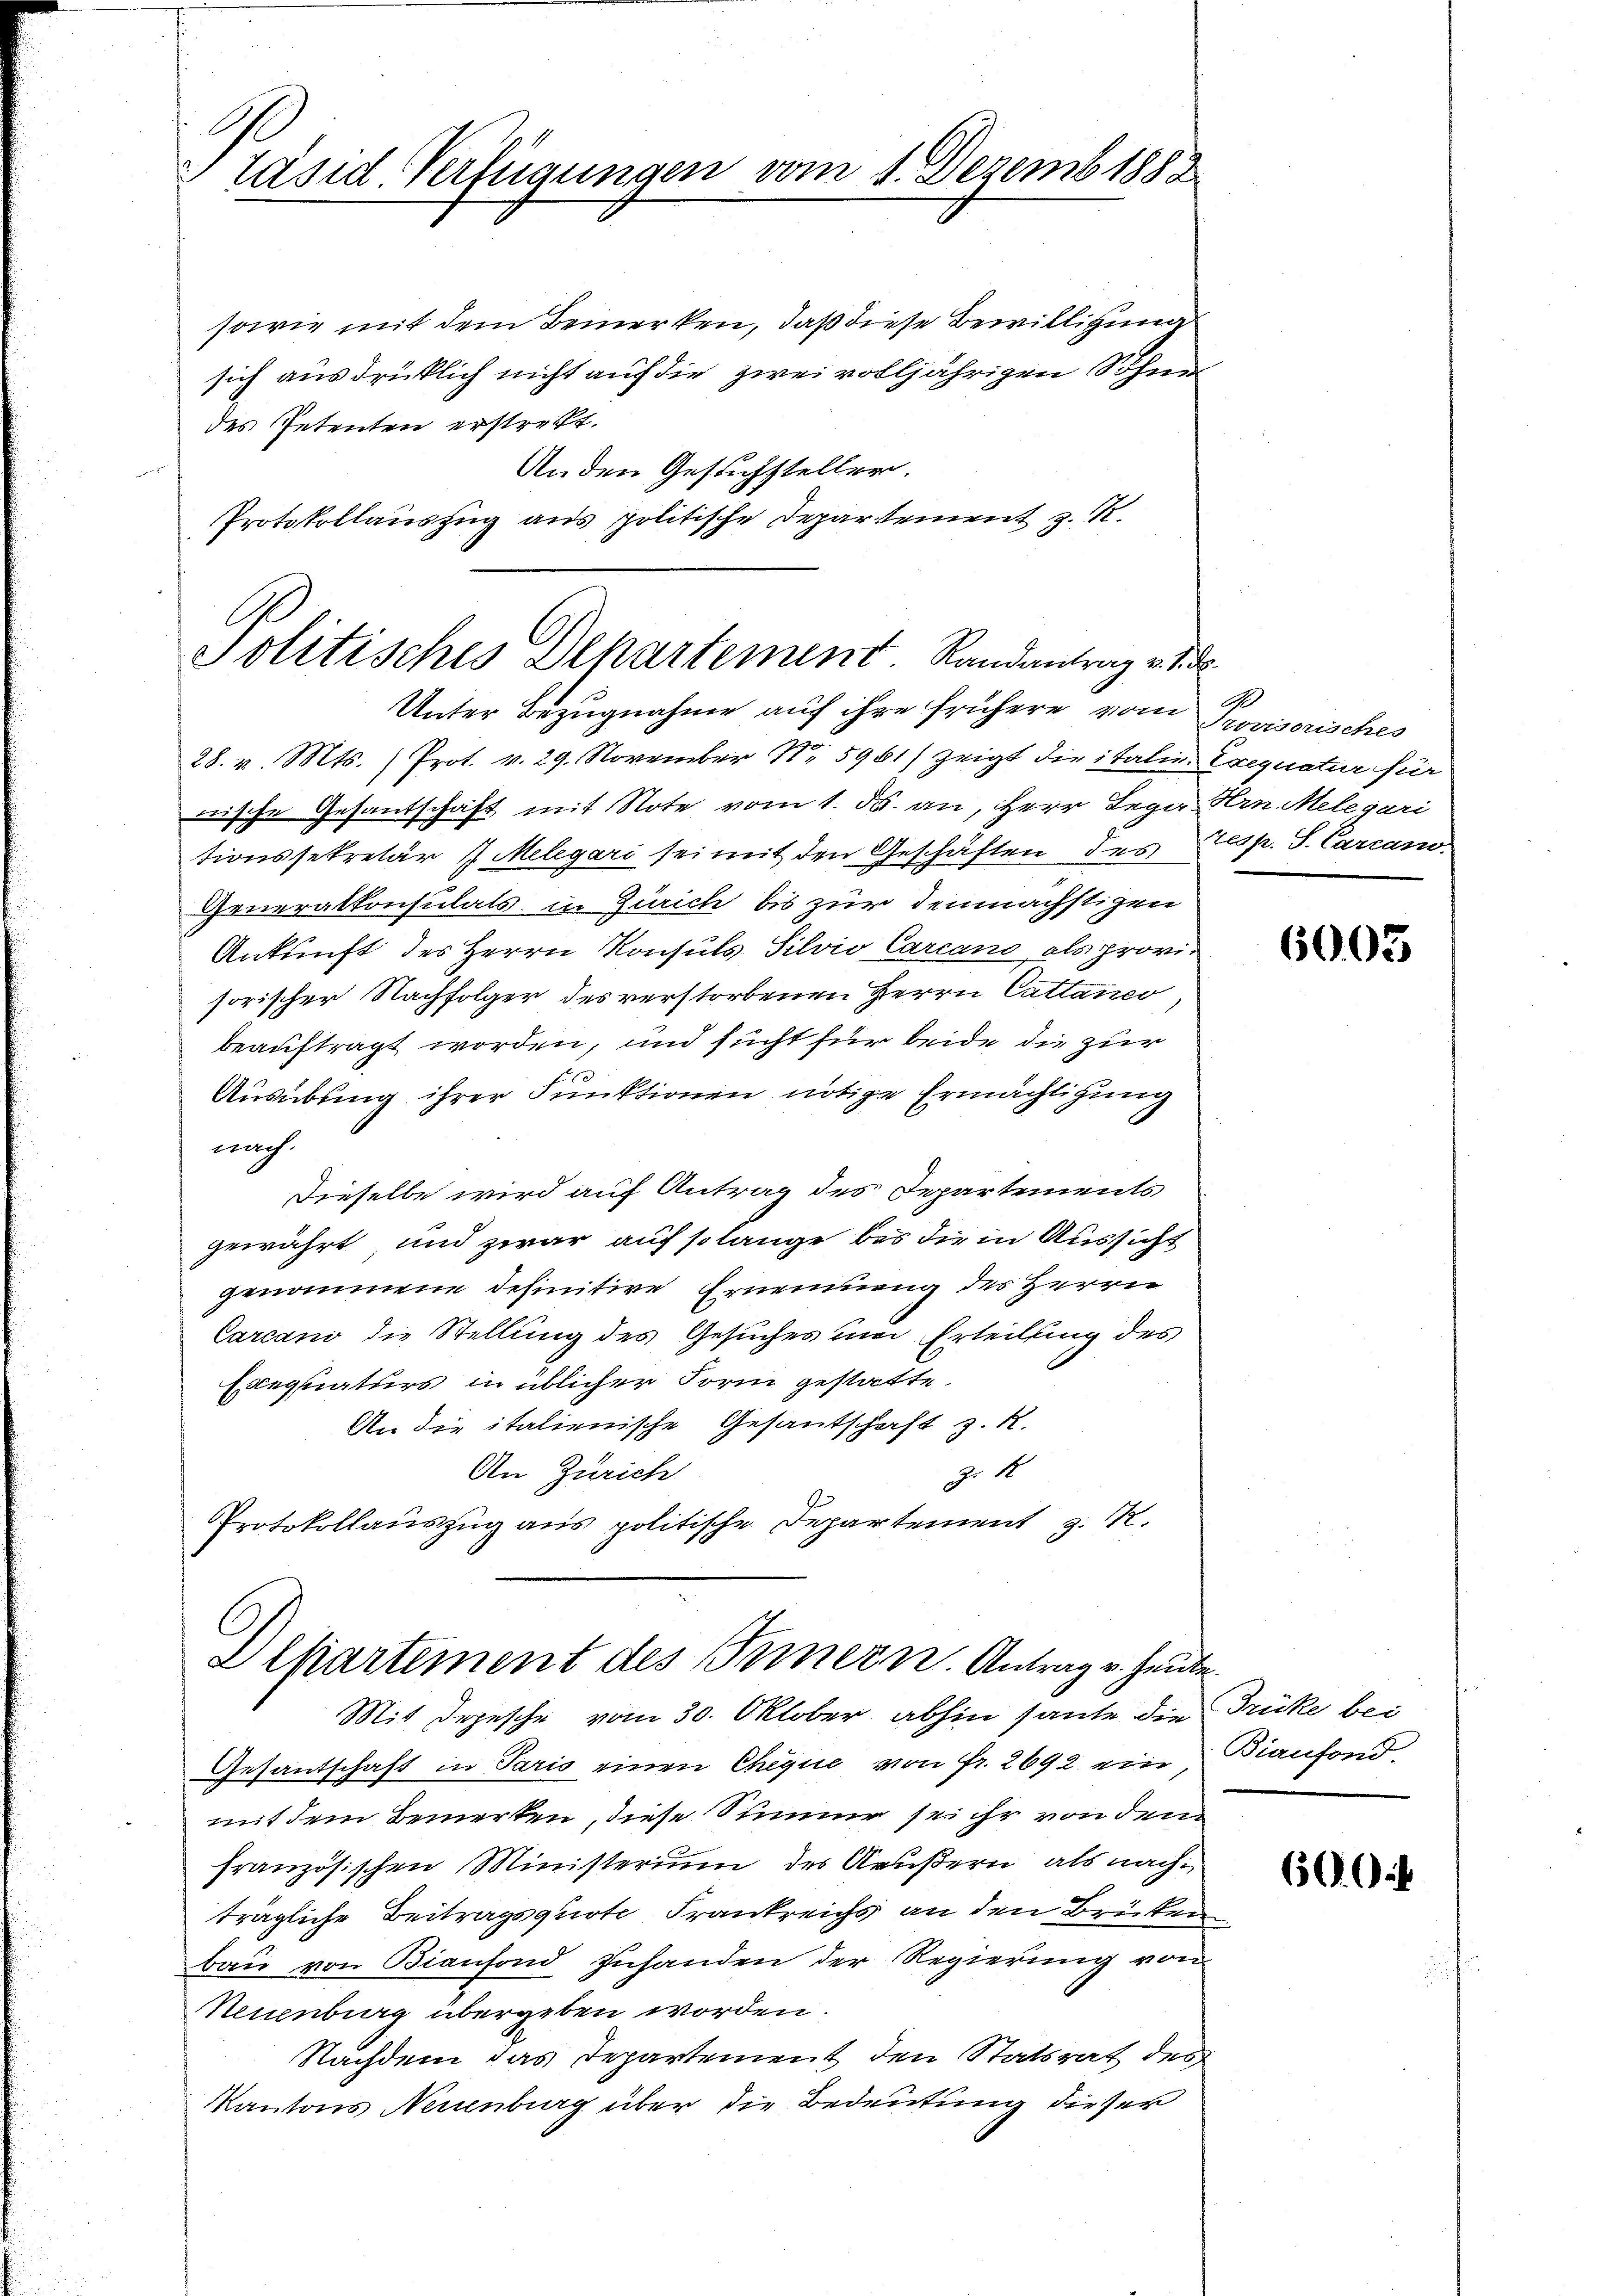
räsid Verfügungen vom 1. Dezemb. 1888

sowie mit dem Bemerken, daß diese Bewilligung
sich ausdrücklich nicht auf die zwei volljährigen Sohnes
des Petenten erstrebt.
Anden Gesuchsteller.
Protokollauszug aus politische Departement z. R.

Politisches Departement. Randantrag v. d. d.

Unter Bezugnahme auf ihre frühere vom Provisorisches
28. v. Mts. (Prot. v. 29. November N. 5961) zeigt die italie Exequatur für
nische Gesantschaft mit Note vom 1. ds. an, HHerr Lega Hrn. Melegari
tionssekretär J. Melegari sei mit den Geschäften des resp. S. Carcan-
Generalkonsulats in Zürich bis zur demnächstigen
Ankunft des Herrn Konsuls Silvio Carcano als provisorischer Nachfolger des verstorbenen Herrn Cattanco,
beauftragt worden, und sucht für beide die zur
10
Ausübung ihrer Funktionen nötige Ermächtigung
nach.
Dieselbe wird auf Antrag des Departements
gewährt und zwar auf solange bei die in Aussicht
genommene definitive Ernennung des Herrn
Carcani die Stellung des Gesuches und Erteilung des
Elegaturs in üblicher Form gestatte.
An die italienische Gesantschaft z. R.
An Zürich
Z. 10
Protokollauszug aus politische Departement z. R.

Departement des Innern. Antrag v. Heute.

Mit Depesche vom 30. Oktober abhin sante die Trücke bei
Gesantschaft in Paris einen Cheque von fr. 2692 ein, Dianfond
mit dem Bemerken, diese Sinner sei ihr von dem
französischen Ministerium des Aeußern, als nachträgliche Beitragsquote Frankreichs an den Brüten
bau von Biansond zuhanden der Regierung von
Neuenburg übergeben worden.
Nachdem das Departement den Statsrat des
Kantons Neuenburg über die Bedeutung dieser

6003

69. 64